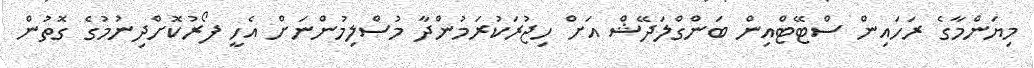
މިޔަންމާގެ ރަހައިން ސްޓޭޓްއިން ބަންގްލަދޭޝް އަށް ހިޖުރަކުރަމުންދާ މުސްލިމުންނަށް އެހީ ފޯރުކޮށްދިނުމުގެ ގޮތުން